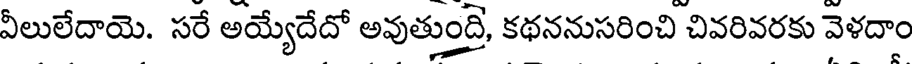
వీలులేదాయె. సరే అయ్యేదేదో అవుతుంది, కథననుసరించి చివరివరకు వెళదాం